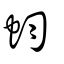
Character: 蚐